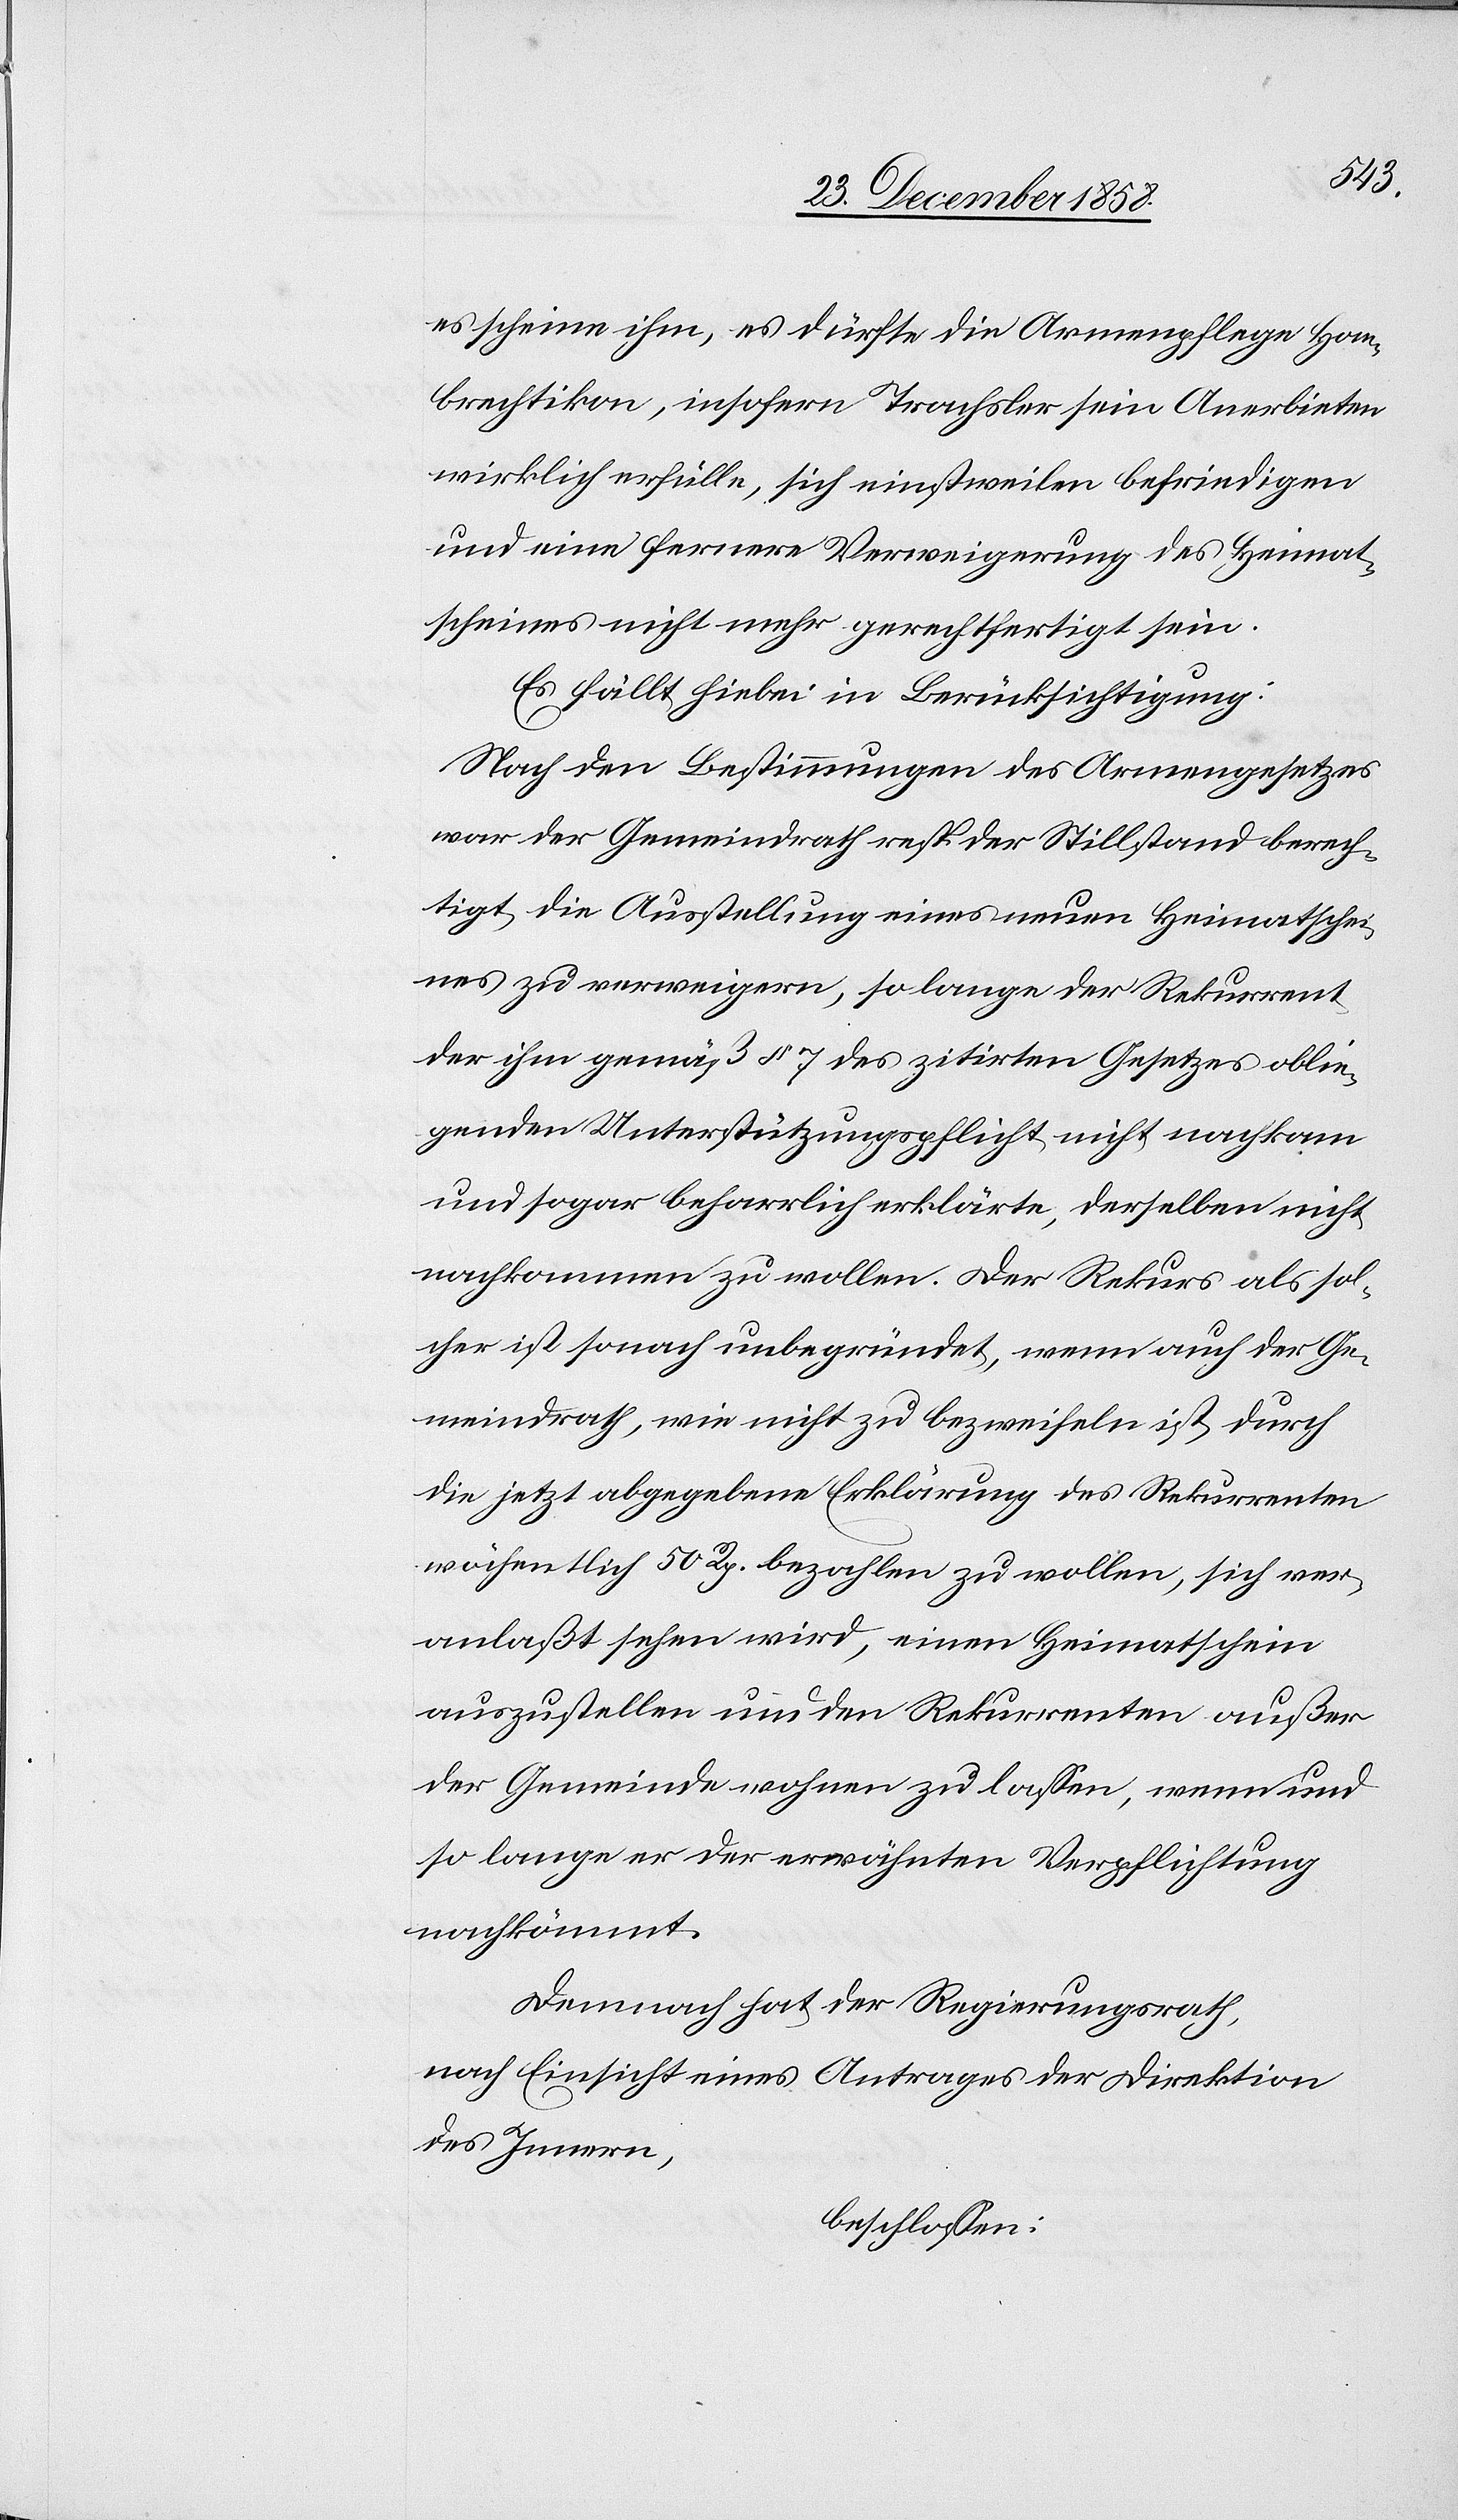
es scheine ihm, es dürfte die Armenpflege Hom¬
brechtikon, insofern Trachsler sein Anerbieten
wirklich erfülle, sich einstweilen befriedigen
und eine fernere Verweigerung des Heimat¬
scheines nicht mehr gerechtfertigt sein.
Es fällt hiebei in Berücksichtigung:
Nach den Bestimmungen des Armengesetzes
war der Gemeindrath resp. der Stillstand berech¬
tigt, die Ausstellung eines neuen Heimatschei¬
nes zu verweigern, so lange der Rekurrent
der ihm gemäß § 7 des zitirten Gesetzes oblie¬
genden Unterstützungspflicht nicht nachkam
und sogar beharrlich erklärte, derselben nicht
nachkommen zu wollen. Der Rekurs als sol¬
cher ist sonach unbegründet, wenn auch der Ge¬
meindrath, wie nicht zu bezweifeln ist, durch
die jetzt abgegebene Erklärung des Rekurrenten
wöchentlich 50 Rp. bezahlen zu wollen, sich ver¬
anlaßt sehen wird, einen Heimatschein
auszustellen und den Rekurrenten außer
der Gemeinde wohnen zu lassen, wenn und
so lange er der erwähnten Verpflichtung
nachkömmt.
Demnach hat der Regierungsrath,
nach Einsicht eines Antrages der Direktion
des Innern,
beschlossen: